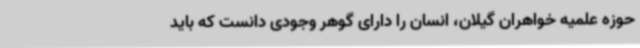
حوزه علمیه خواهران گیلان، انسان را دارای گوهر وجودی دانست که باید